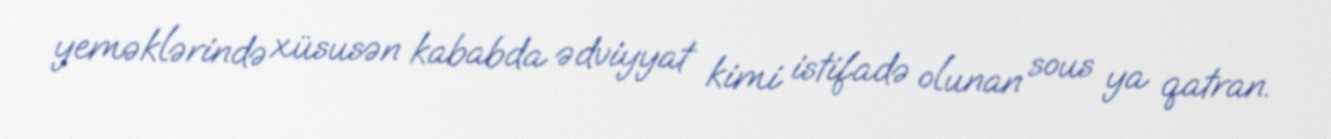
yeməklərində xüsusən kababda ədviyyat kimi istifadə olunan sous ya qatran.